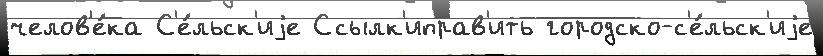
челов'е́ка С'е́льск'иjе Ссылк'иправ'ить городско-с'е́льск'иjе